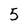
Character: 5